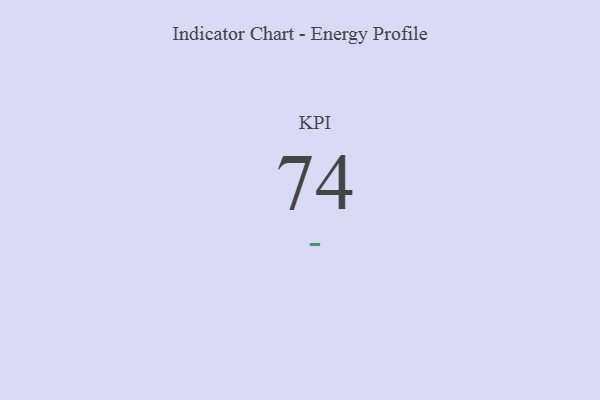
{"axis": {"x": "KPI", "y": "Value"}, "legend": [""], "data": [{"x": "KPI", "y": 74, "type": ""}]}